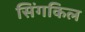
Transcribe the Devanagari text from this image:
सिंगकिल